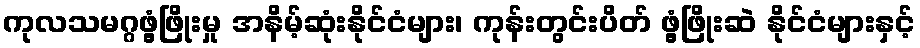
ကုလသမဂ္ဂဖွံ့ဖြိုးမှု အနိမ့်ဆုံးနိုင်ငံများ၊ ကုန်းတွင်းပိတ် ဖွံ့ဖြိုးဆဲ နိုင်ငံများနှင့်